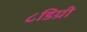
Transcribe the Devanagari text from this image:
८डिग्री